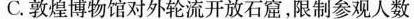
C.敦煌博物馆对外轮流开放石窟，限制参观人数